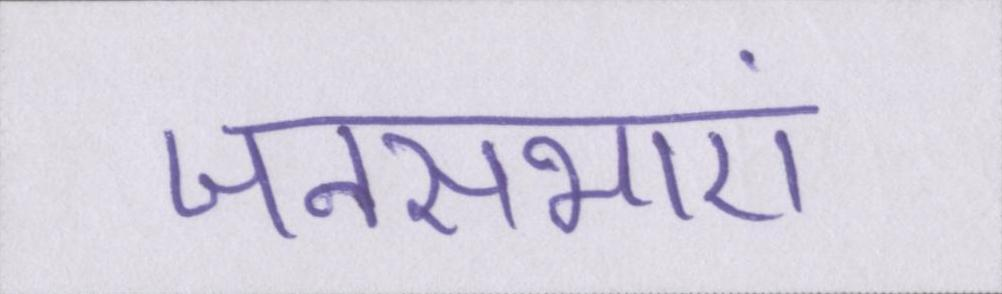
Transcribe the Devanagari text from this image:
जनसभाएं